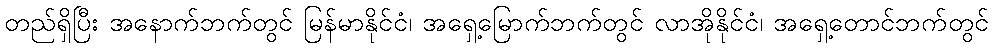
တည်ရှိပြီး အနောက်ဘက်တွင် မြန်မာနိုင်ငံ၊ အရှေ့မြောက်ဘက်တွင် လာအိုနိုင်ငံ၊ အရှေ့တောင်ဘက်တွင်